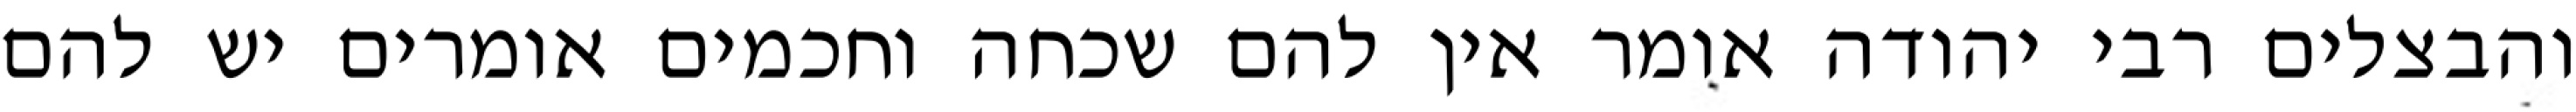
והבצלים רבי יהודה אומר אין להם שכחה וחכמים אומרים יש להם